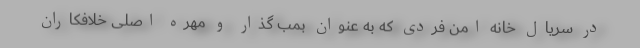
در سریال خانه امن فردی که به عنوان بمب گذار و مهره اصلی خلافکاران